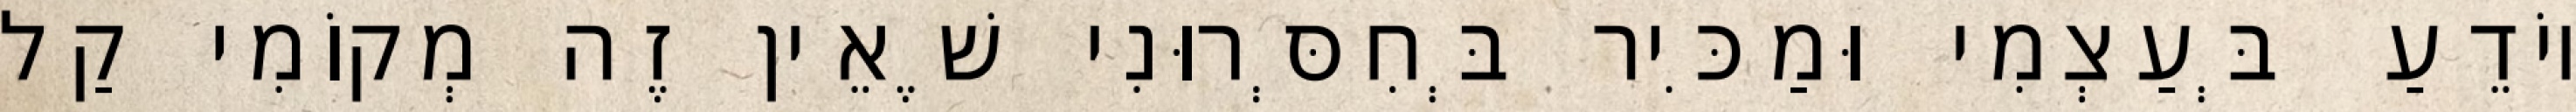
יוֹדֵעַ בְּעַצְמִי וּמַכִּיר בְּחִסְּרוּנִי שֶׁאֵין זֶה מְקוֹמִי קַל